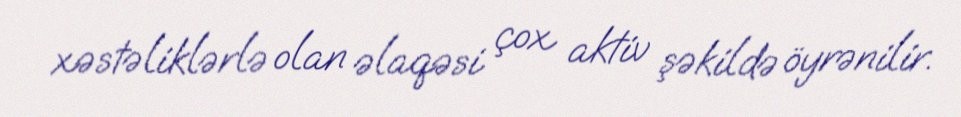
xəstəliklərlə olan əlaqəsi çox aktiv şəkildə öyrənilir.